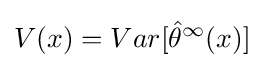
V(x)=Var[{\hat {\theta }}^{\infty }(x)]